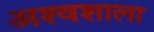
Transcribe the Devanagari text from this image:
अश्‍वशाला